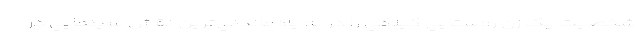
شخصيت يک زن روستايي گيلکي را در به يادماندني‌ترين نقش سينمايي در